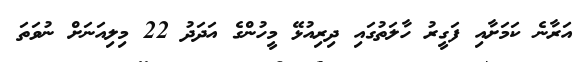
އަރާނެ ކަމަށާއި ފަގީރު ހާލަތުގައި ދިރިއުޅޭ މީހުންގެ އަދަދު 22 މިލިއަނަށް ނުވަތަ